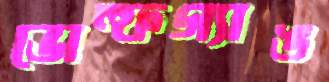
ভোল্ফগ্যাঙ